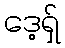
ဒေ့ရှ်